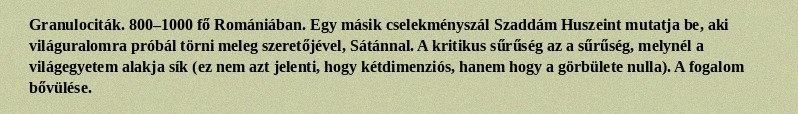
Granulociták. 800–1000 fő Romániában. Egy másik cselekményszál Szaddám Huszeint mutatja be, aki világuralomra próbál törni meleg szeretőjével, Sátánnal. A kritikus sűrűség az a sűrűség, melynél a világegyetem alakja sík (ez nem azt jelenti, hogy kétdimenziós, hanem hogy a görbülete nulla). A fogalom bővülése.